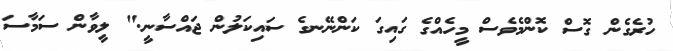
ހުރެގެން ގޮސް ކޮންމެވެސް މީހެއްގެ ގައިގަ ކަންނޭނގެ ސައިކަލުން ޖައްސާނީ." ލީވާން ސަމާސަ